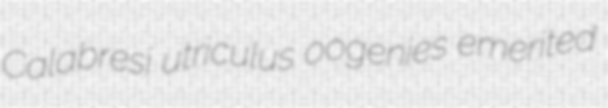
Calabresi utriculus oogenies emerited